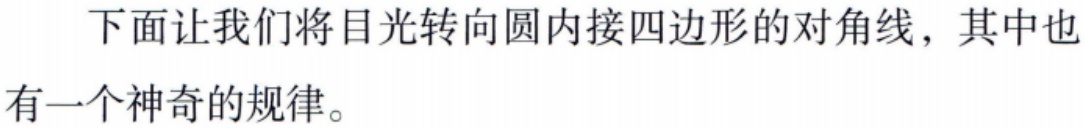
下面让我们将目光转向圆内接四边形的对角线，其中也
有一个神奇的规律。